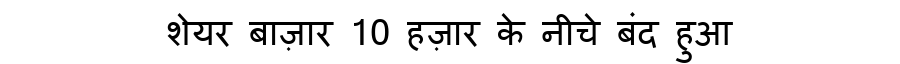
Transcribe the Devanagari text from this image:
शेयर बाज़ार 10 हज़ार के नीचे बंद हुआ